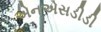
એનએસડીડી